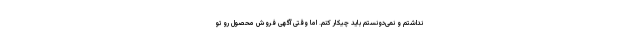
نداشتم و نمی‌دونستم باید چیکار کنم. اما وقتی آگهی فروش محصول رو تو